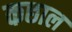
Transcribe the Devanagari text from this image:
कछाल